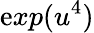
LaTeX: \mathrm{e}xp(u^{4})